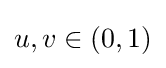
u,v\in (0,1)